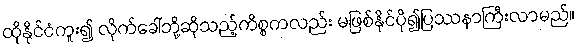
ထိုနိုင်ငံကူး၍ လိုက်ခေါ်ဘို့ဆိုသည့်ကိစ္စကလည်း မဖြစ်နိုင်ပို၍ပြဿနာကြီးလာမည်။